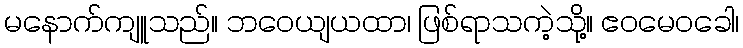
မနောက်ကျူသည်။ ဘဝေယျယထာ၊ ဖြစ်ရာသကဲ့သို့။ ဧဝမေဝခေါ၊